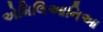
એમિલિઆનિઆ